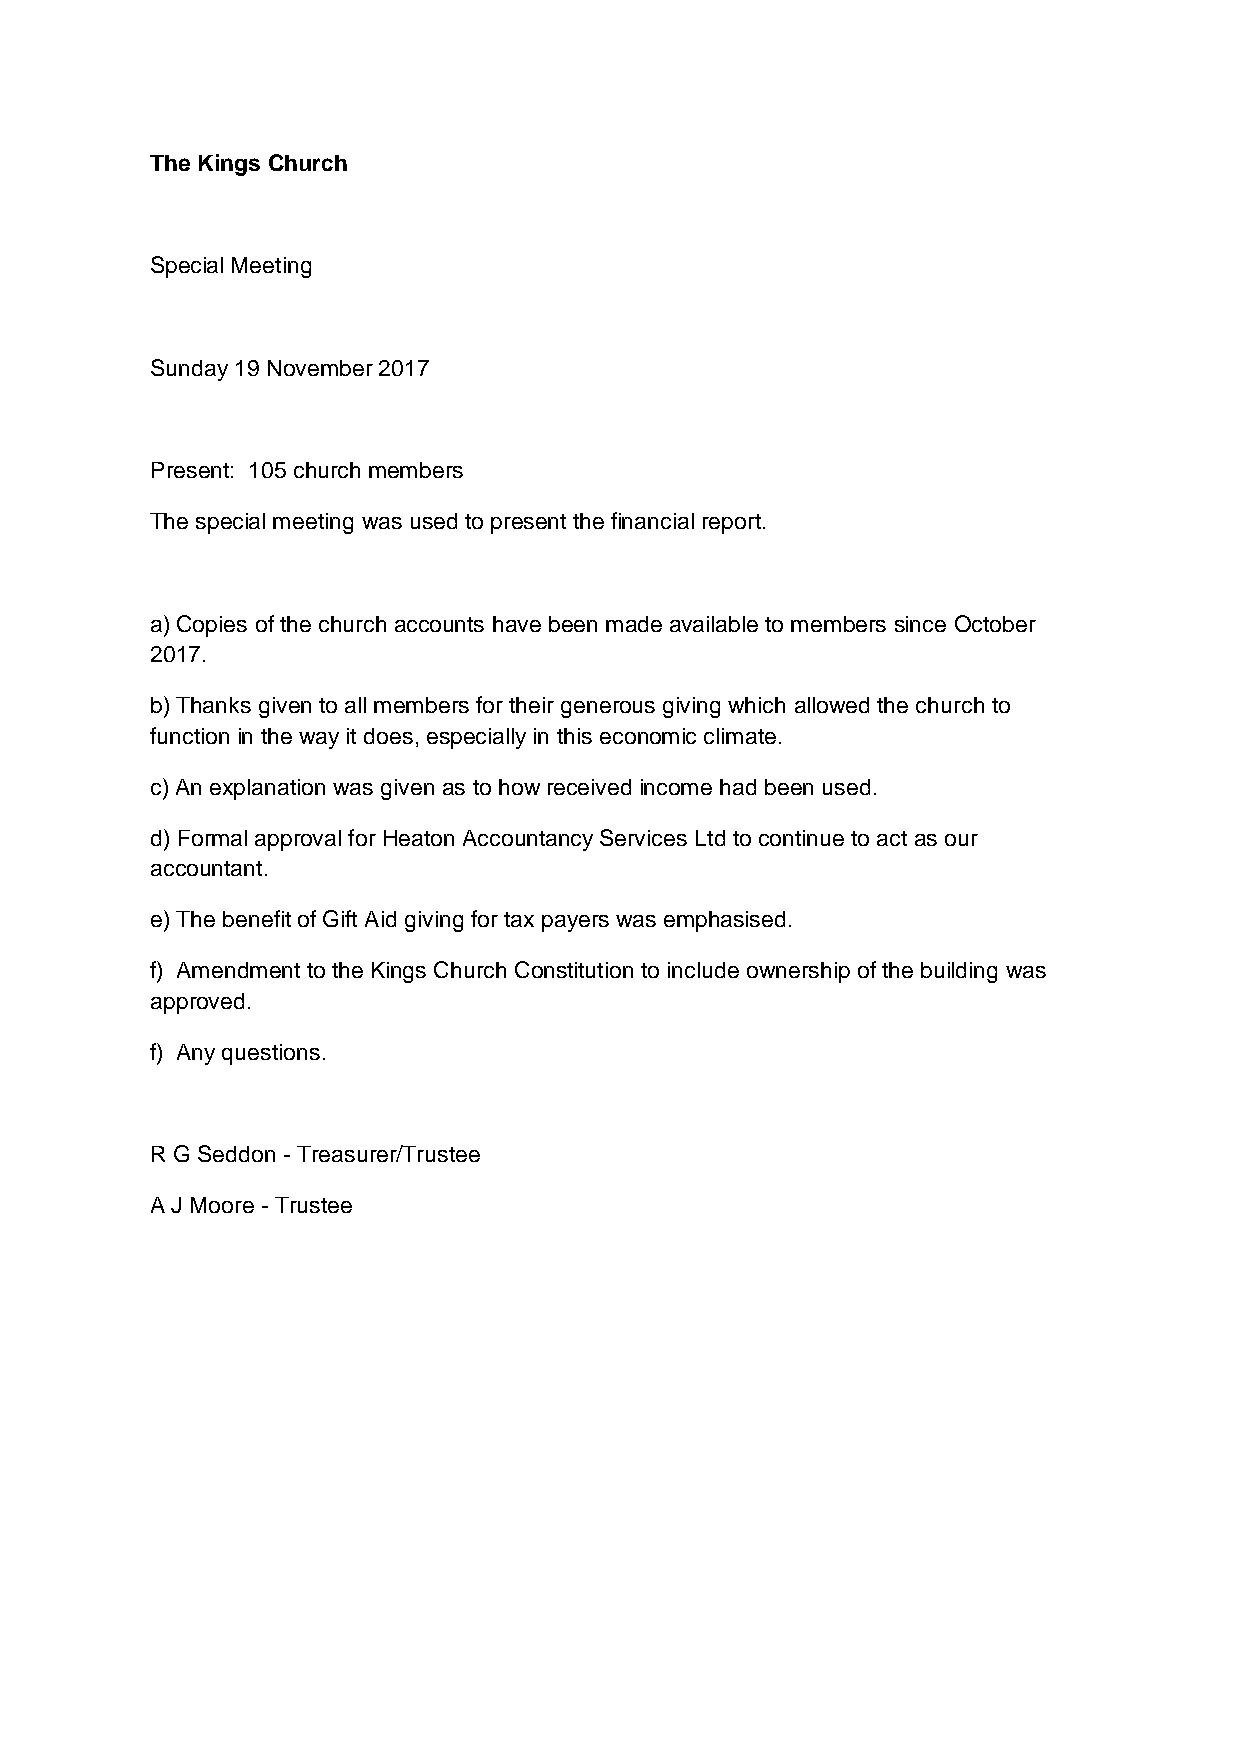
The Kings Church
 Special Meeting
 Sunday 19 November 2017
 Present: 105 church members
 The special meeting was used to present the financial report.
 a) Copies of the church accounts have been made available to members since October
 2017.
 b) Thanks given to all members for their generous giving which allowed the church to
 function in the way it does, especially in this economic climate.
 c) An explanation was given as to how received income had been used.
 d) Formal approval for Heaton Accountancy Services Ltd to continue to act as our
 accountant.
 e) The benefit of Gift Aid giving for tax payers was emphasised.
 f) Amendment to the Kings Church Constitution to include ownership of the building was
 approved.
 f) Any questions.
 R G Seddon - Treasurer/Trustee
 A J Moore - Trustee